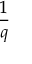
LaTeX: \frac { 1 } { q }